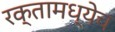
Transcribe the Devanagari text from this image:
रक्तामध्येच